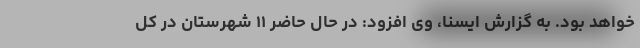
خواهد بود. به گزارش ایسنا، وی افزود: در حال حاضر ۱۱ شهرستان در کل